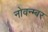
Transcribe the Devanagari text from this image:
नोवन्म्बर